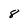
Character: 8